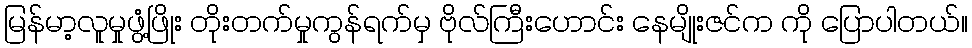
မြန်မာ့လူမှုဖွံ့ဖြိုး တိုးတက်မှုကွန်ရက်မှ ဗိုလ်ကြီးဟောင်း နေမျိုးဇင်က ကို ပြောပါတယ်။